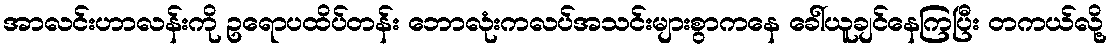
အာလင်းဟာလန်းကို ဥရောပထိပ်တန်း ဘောလုံးကလပ်အသင်းများစွာကနေ ခေါ်ယူချင်နေကြပြီး တကယ်လို့